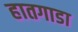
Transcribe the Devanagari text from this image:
हातगाडा